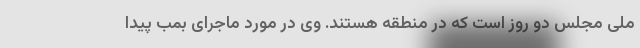
ملی مجلس دو روز است که در منطقه هستند. وی در مورد ماجرای بمب پیدا